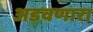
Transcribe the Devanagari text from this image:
अडवणारा